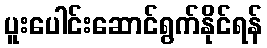
ပူးပေါင်းဆောင်ရွက်နိုင်ရန်